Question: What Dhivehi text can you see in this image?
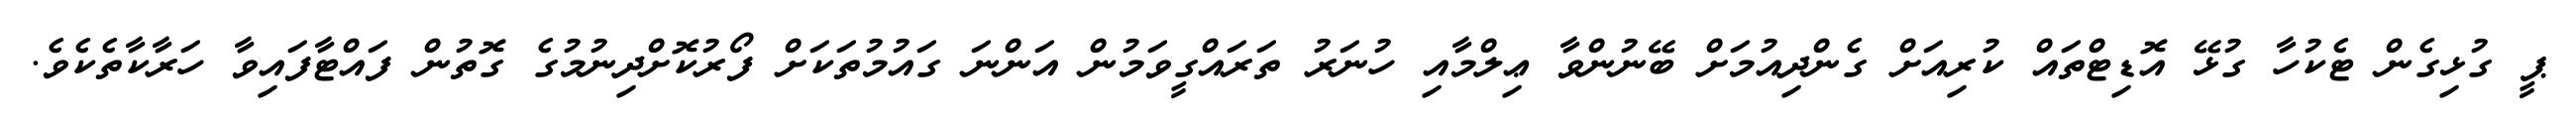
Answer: ޕީ ގުޅިގެން ޓެކުހާ ގުޅޭ އޮޑިޓްތައް ކުރިއަށް ގެންދިއުމަށް ބޭނުންވާ ޢިލްމާއި ހުނަރު ތަރައްގީވަމުން އަންނަ ގައުމުތަކަށް ފޯރުކޮށްދިނުމުގެ ގޮތުން ފައްޓާފައިވާ ހަރާކާތެކެވެ.